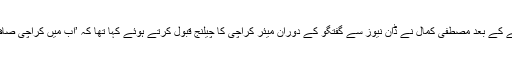
نوٹیفکیشن جاری ہونے کے بعد مصطفیٰ کمال نے ڈان نیوز سے گفتگو کے دوران میئر کراچی کا چیلنج قبول کرتے ہوئے کہا تھا کہ ’اب میں کراچی صاف کرکے دکھاؤں گا'۔